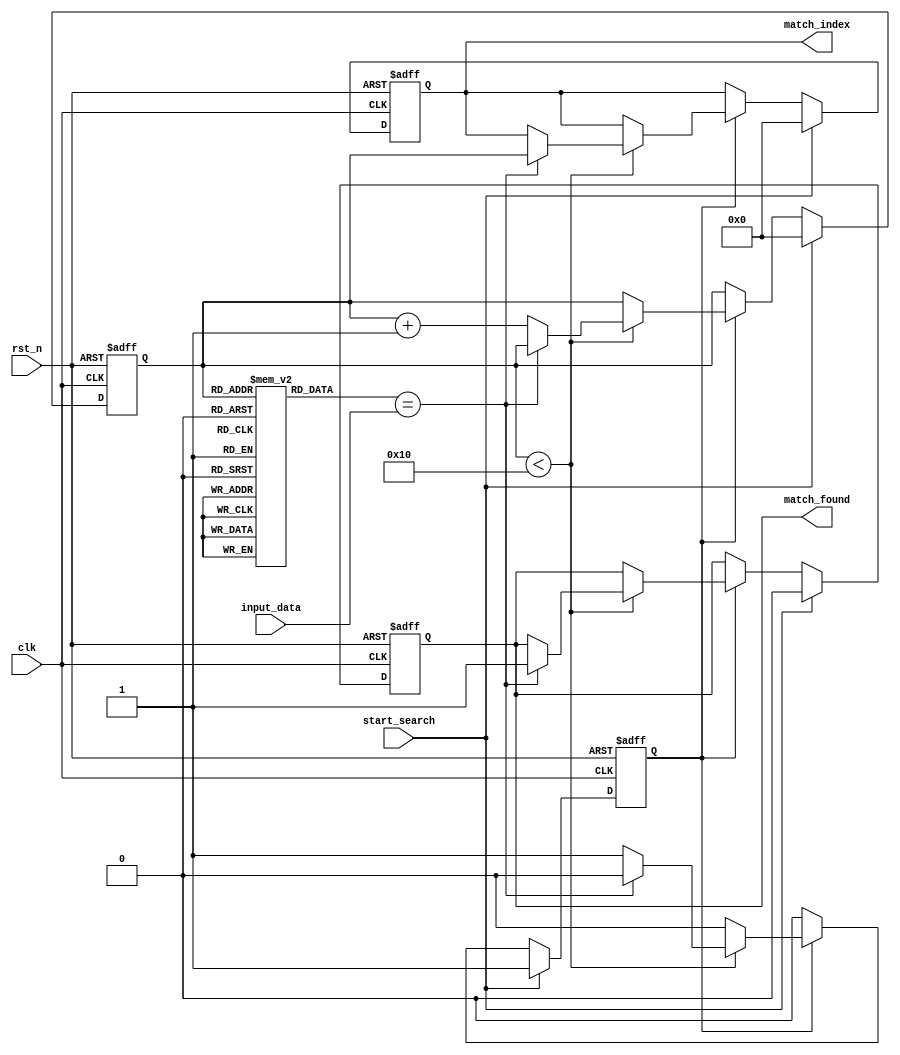
module SequentialCAM #(
    parameter N = 16,  // Number of entries
    parameter W = 8    // Width of each entry
)(
    input wire clk,                    // Clock signal
    input wire rst_n,                  // Active low reset
    input wire [W-1:0] input_data,     // Data to search
    input wire start_search,            // Start search signal
    output reg match_found,             // Match found signal
    output reg [$clog2(N)-1:0] match_index // Index of matching entry
);

    // Memory array
    reg [W-1:0] memory_array [0:N-1];
    
    // Internal signals
    reg [$clog2(N)-1:0] current_index; // Current index for sequential search
    reg searching;                      // Searching state

    // Initialize memory (for simulation purposes)
    initial begin
        // Example initialization (can be modified as needed)
        memory_array[0] = 8'hAA; // Entry 0
        memory_array[1] = 8'hBB; // Entry 1
        memory_array[2] = 8'hCC; // Entry 2
        // ... Initialize other entries as needed
    end

    // Sequential search operation
    always @(posedge clk or negedge rst_n) begin
        if (!rst_n) begin
            current_index <= 0;
            match_found <= 0;
            match_index <= 0;
            searching <= 0;
        end else if (start_search) begin
            searching <= 1;
            current_index <= 0;
            match_found <= 0;
            match_index <= 0;
        end else if (searching) begin
            if (current_index < N) begin
                if (memory_array[current_index] == input_data) begin
                    match_found <= 1;
                    match_index <= current_index;
                    searching <= 0; // Stop searching on first match
                end else begin
                    current_index <= current_index + 1; // Move to next entry
                end
            end else begin
                searching <= 0; // End of search
            end
        end
    end

endmodule